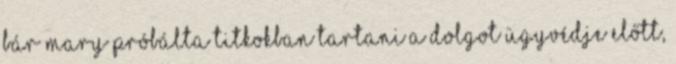
Bár Mary próbálta titkokban tartani a dolgot ügyvédje előtt,